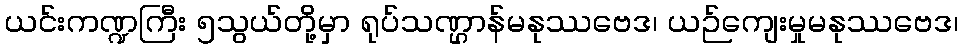
ယင်းကဏ္ဍကြီး ၅သွယ်တို့မှာ ရုပ်သဏ္ဌာန်မနုဿဗေဒ၊ ယဉ်ကျေးမှုမနုဿဗေဒ၊